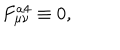
F _ { \mu \nu } ^ { a 4 } \equiv 0 ,